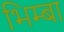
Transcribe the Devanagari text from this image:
भिम्बा